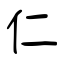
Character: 仁